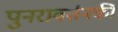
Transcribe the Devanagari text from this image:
पुनरावर्तनकी